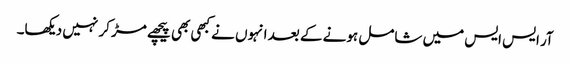
آر ایس ایس میں شامل ہونے کے بعد انہوں نے کبھی بھی پیچھے مڑ کر نہیں دیکھا۔